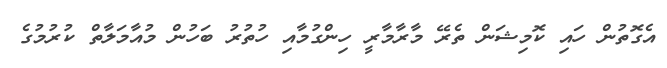
އެގޮތުން ހައި ކޮމިޝަން ތެރޭ މާރާމާރީ ހިންގުމާއި ހުތުރު ބަހުން މުއާމަލާތް ކުރުމުގެ